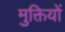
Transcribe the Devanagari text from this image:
मुक्तियों